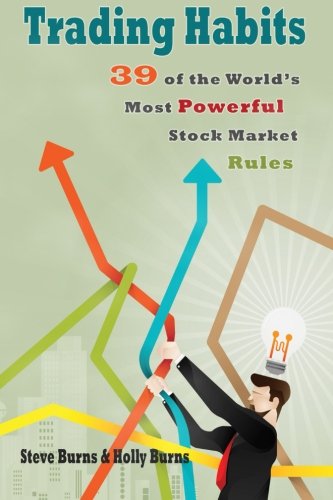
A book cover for Trading Habits: 39 of the World's Most Powerful Stock Market Rules; Steve Burns; Business & Money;